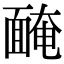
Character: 𩈯